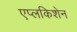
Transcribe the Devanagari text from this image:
एप्लकिशेन